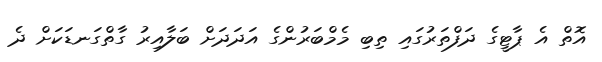
އޮތް އެ ޕާޓީގެ ދަފްތަރުގައި ތިބި މެމްބަރުންގެ އަދަދަށް ބަލާއިރު ގާތްގަނޑަކަށް ދެ